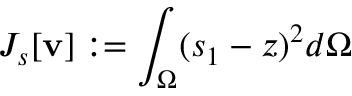
J _ { s } [ \mathbf { v } ] : = \int _ { \Omega } ( s _ { 1 } - z ) ^ { 2 } d \Omega